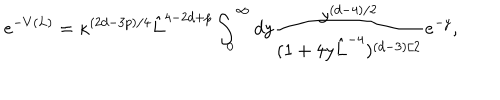
e ^ { - V ( L ) } = \kappa ^ { ( 2 d - 3 p ) / 4 } \hat { L } ^ { 4 - 2 d + p } \int _ { 0 } ^ { \infty } d y { \frac { y ^ { ( d - 4 ) / 2 } } { ( 1 + 4 y \hat { L } ^ { - 4 } ) ^ { ( d - 3 ) / 2 } } } e ^ { - y } ,